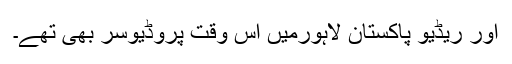
اور ریڈیو پاکستان لاہورمیں اس وقت پروڈیوسر بھی تھے۔